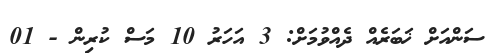
ސަންއަށް ޚަބަރެއް ދެއްވުމަށް: 3 އަހަރު 10 މަސް ކުރިން - 01